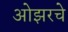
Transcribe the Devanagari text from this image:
ओझरचे